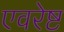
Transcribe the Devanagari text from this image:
एवरेष्ट